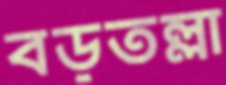
বড়তল্লা